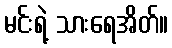
မင်းရဲ့ သားရေအိတ်။